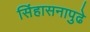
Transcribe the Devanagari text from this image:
सिंहासनापुढे